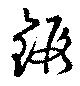
鍛